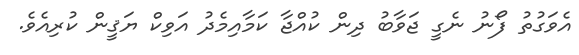
އެވަގުތު ފޯނު ނެގީ ޖަވާބު ދިން ކުއްޖާ ކަމާއިމެދު އަވިކް ޔަޤީން ކުރިއެވެ.